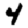
Digit: 4